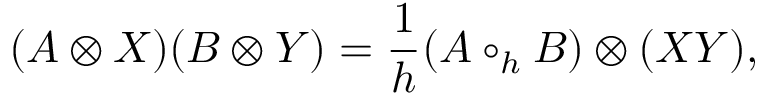
( A \otimes X ) ( B \otimes Y ) = \frac { 1 } { h } ( A \circ _ { h } B ) \otimes ( X Y ) ,